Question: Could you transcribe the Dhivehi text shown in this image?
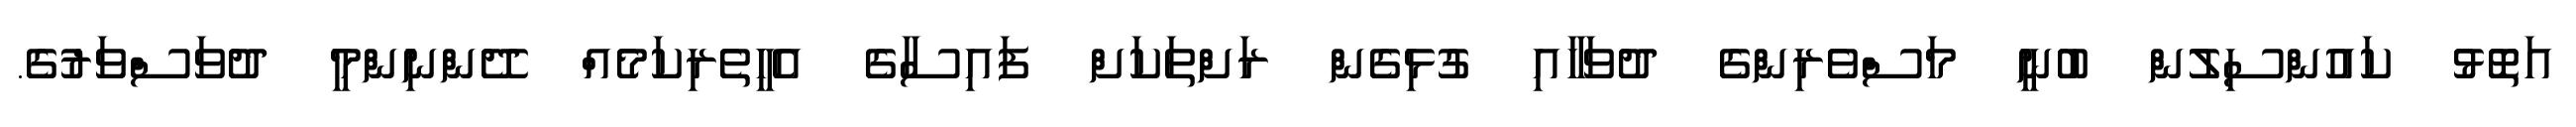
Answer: އަތޮޅު ކައުންސިލުން ބުނީ މަސްވެރިންގެ ދުވަހާއި ގުޅިގެން ރަށްތަކަށް ފައިސާގެ އެހީތެރިކަމެއް ދޭންނިންމީ ދުވަސްވަރުގެ.